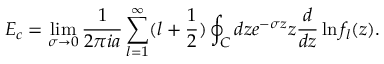
E _ { c } = \operatorname * { l i m } _ { \sigma \to 0 } { \frac { 1 } { 2 \pi i a } } \sum _ { l = 1 } ^ { \infty } ( l + { \frac { 1 } { 2 } } ) \oint _ { C } d z e ^ { - \sigma z } z { \frac { d } { d z } } \ln f _ { l } ( z ) .